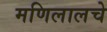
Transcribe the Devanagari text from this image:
मणिलालचे